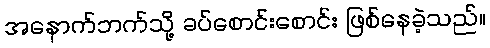
အနောက်ဘက်သို့ ခပ်စောင်းစောင်း ဖြစ်နေခဲ့သည်။